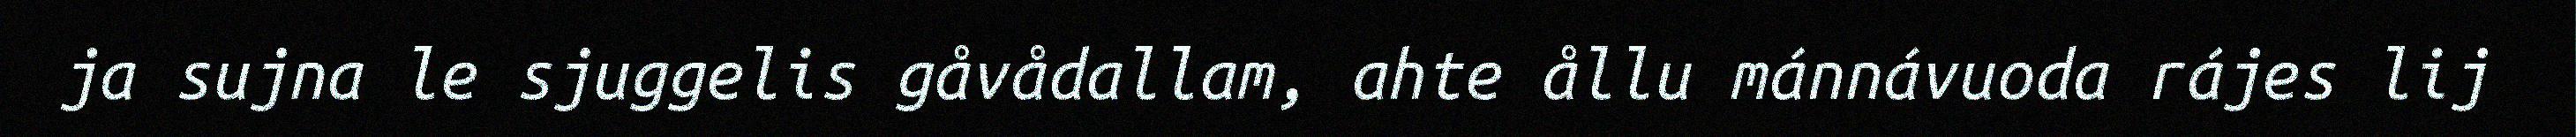
ja sujna le sjuggelis gåvådallam, ahte ållu mánnávuoda rájes lij